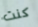
كنت